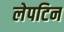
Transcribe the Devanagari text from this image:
लेपटिन